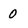
Character: 0